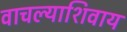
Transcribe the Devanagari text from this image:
वाचल्याशिवाय